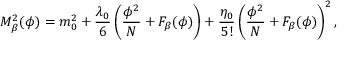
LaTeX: M _ { \beta } ^ { 2 } ( \phi ) = m _ { 0 } ^ { 2 } + \frac { \lambda _ { 0 } } { 6 } \left( \frac { \phi ^ { 2 } } { N } + F _ { \beta } ( \phi ) \right) + \frac { \eta _ { 0 } } { 5 ! } \left( \frac { \phi ^ { 2 } } { N } + F _ { \beta } ( \phi ) \right) ^ { 2 } ,